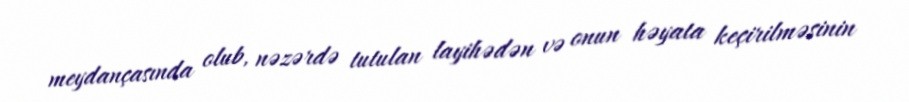
meydançasında olub, nəzərdə tutulan layihədən və onun həyata keçirilməsinin